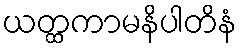
ယတ္ထကာမနိပါတိနံ